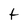
Character: t